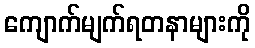
ကျောက်မျက်ရတနာများကို